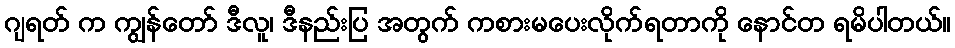
ဂျရတ် က ကျွန်တော် ဒီလူ၊ ဒီနည်းပြ အတွက် ကစားမပေးလိုက်ရတာကို နောင်တ ရမိပါတယ်။